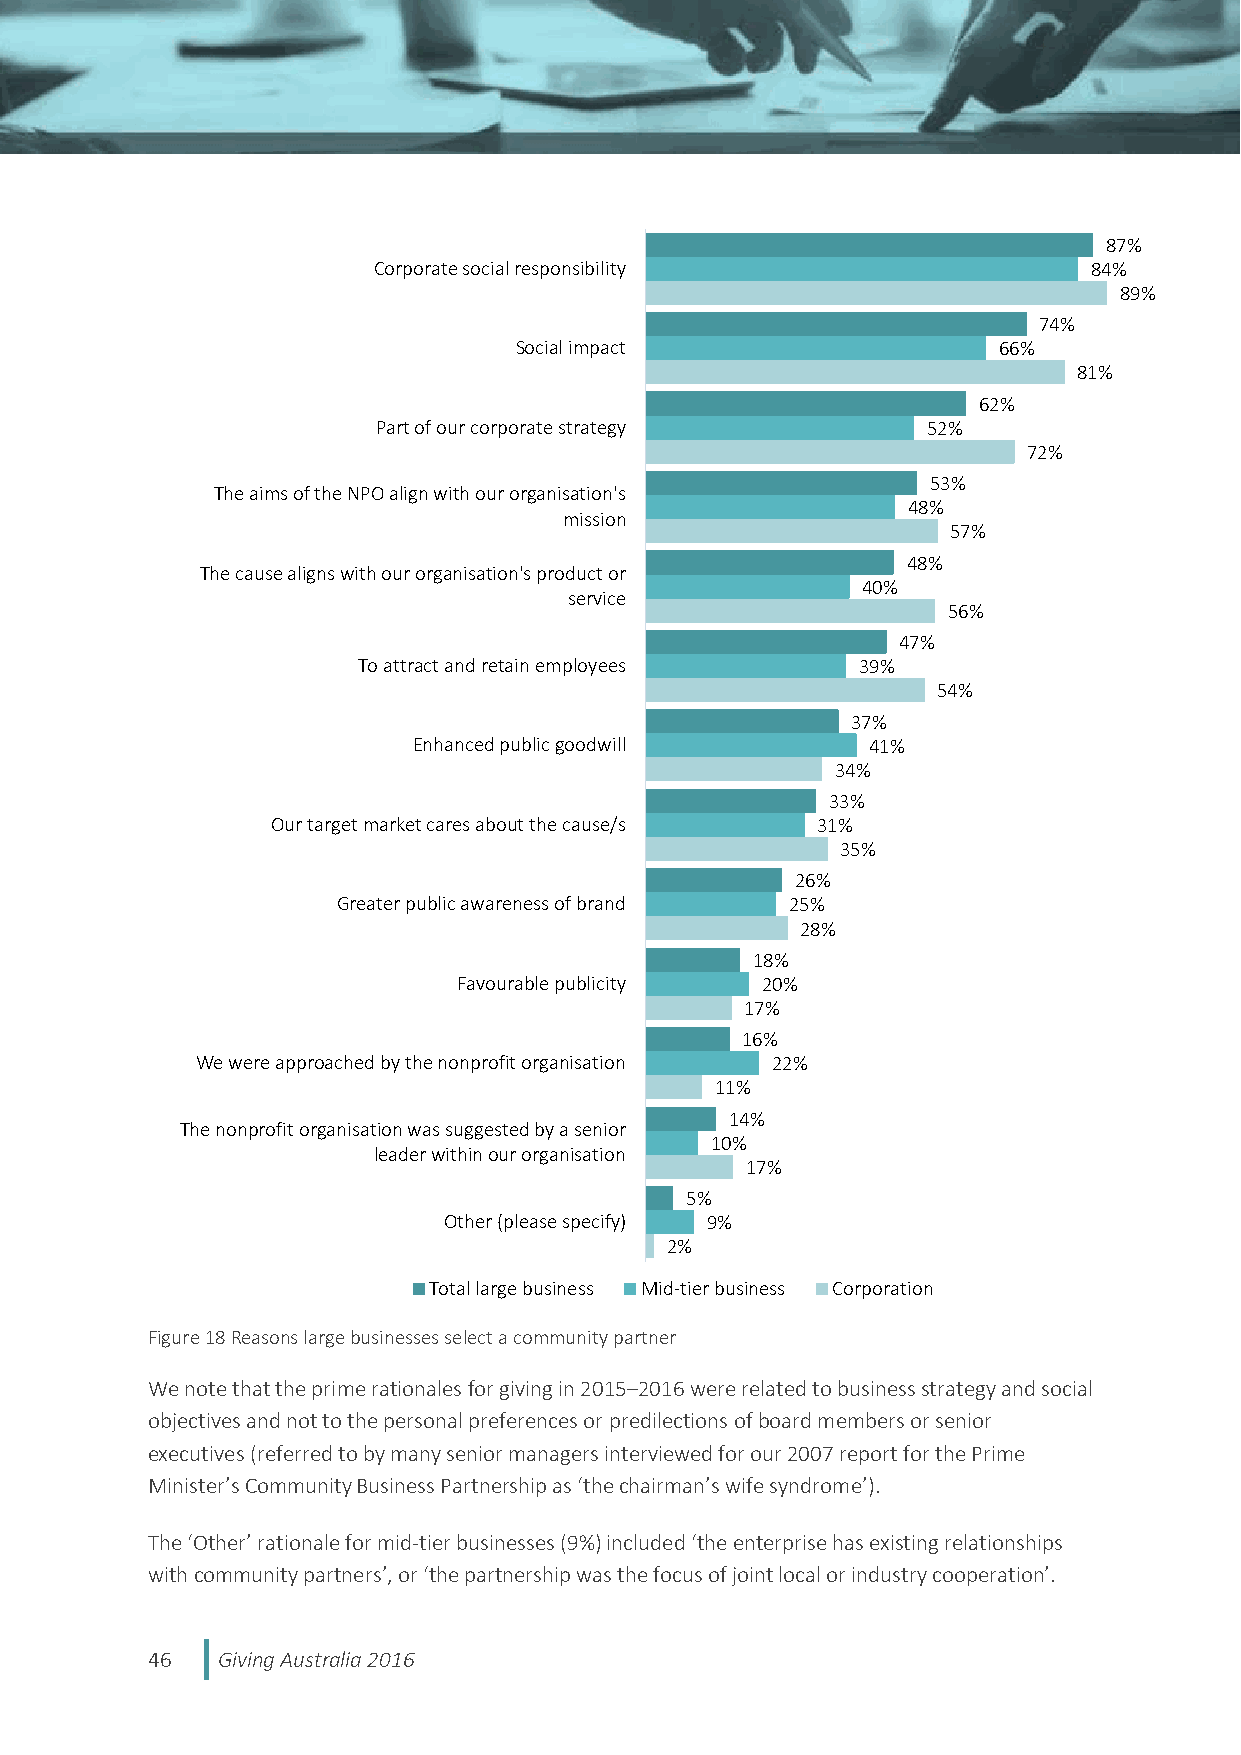
87%
 Corporate social responsibility                84%
 89%
 74%
 Social impact                   66%
 81%
 62%
 Part of our corporate strategy      52%
 72%
 53%
 The aims of the NPO align with our organisation's
 48%
 mission
 57%
 48%
 The cause aligns with our organisation's product or
 40%
 service
 56%
 47%
 To attract and retain employees  39%
 54%
 37%
 Enhanced public goodwill       41%
 34%
 33%
 Our target market cares about the cause/s 31%
 35%
 26%
 Greater public awareness of brand 25%
 28%
 18%
 Favourable publicity 20%
 17%
 16%
 We were approached by the nonprofit organisation 22%
 11%
 14%
 The nonprofit organisation was suggested by a senior
 10%
 leader within our organisation
 17%
 5%
 Other (please specify) 9%
 2%
 Total large business Mid-tier business Corporation
 Figure 18 Reasons large businesses select a community partner
 We note that the prime rationales for giving in 2015–2016 were related to business strategy and social
 objectives and not to the personal preferences or predilections of board members or senior
 executives (referred to by many senior managers interviewed for our 2007 report for the Prime
 Minister’s Community Business Partnership as ‘the chairman’s wife syndrome’).
 The ‘Other’ rationale for mid-tier businesses (9%) included ‘the enterprise has existing relationships
 with community partners’, or ‘the partnership was the focus of joint local or industry cooperation’.
 46  Giving Australia 2016